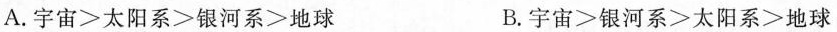
A.宇宙>太阳系≥银河系-地球 B.宇宙银河系≥太阳系地球